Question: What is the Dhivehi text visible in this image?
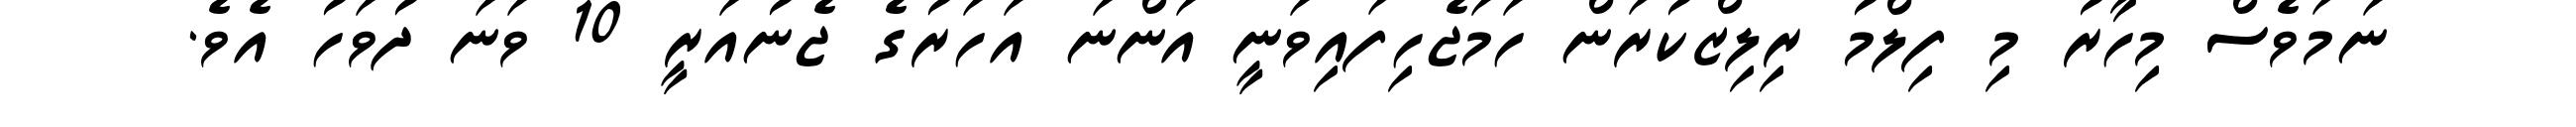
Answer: ނަމަވެސް މިހާރު މި ފިލްމު ރިލިޒްކުރަން ހަމަޖެހިފައިވަނީ އަންނަ އަހަރުގެ ޖެނުއަރީ 10 ވަނަ ދުވަހު އެވެ.